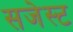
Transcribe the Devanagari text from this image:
सजेस्ट